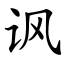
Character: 讽